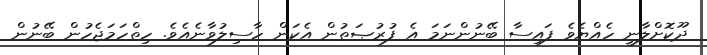
ދޫކޮށްލާނީ ހެއްޔެވެ ފައިސާ ބޭނުންނަމަ އެ ފުރުޞަތުން އެކަން ހާސިލުވާނެއެވެ. ހިތްހަމަޖެހުން ބޭނުން